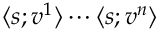
\langle s ; v ^ { 1 } \rangle \cdots \langle s ; v ^ { n } \rangle